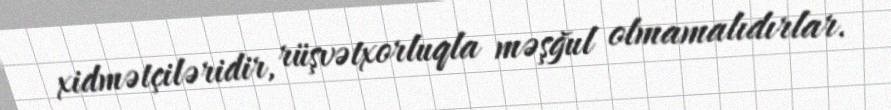
xidmətçiləridir, rüşvətxorluqla məşğul olmamalıdırlar.